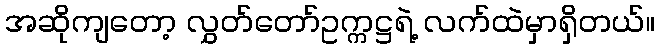
အဆိုကျတော့ လွှတ်တော်ဥက္ကဋ္ဌရဲ့ လက်ထဲမှာရှိတယ်။